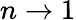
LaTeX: n\rightarrow 1